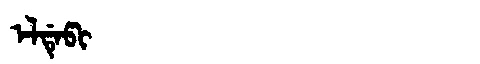
Manchu: ᡝᠯᡩᡝᡦᡳ
Romanization: ELDEPI